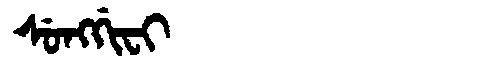
Manchu: ᠰᡠᠩᡤᡳᠸᡳ
Romanization: SUNGGIFI